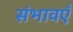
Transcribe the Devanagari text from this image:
संभावएँ